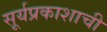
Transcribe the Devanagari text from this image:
सूर्यप्रकाशाची